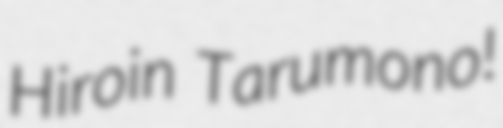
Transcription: Hiroin Tarumono!